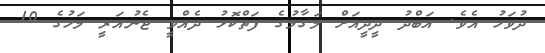
ދުވަހު އެވެ. އަބްދު ދީދީއަށް މަގާމުގެ ފަތްކޮޅު ދެއްވީ ޖެނުއަރީ މަހުގެ 10